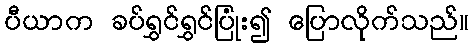
ပီယာက ခပ်ရွှင်ရွှင်ပြုံး၍ ပြောလိုက်သည်။